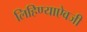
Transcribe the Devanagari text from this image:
लिहिण्याऐवजी